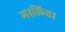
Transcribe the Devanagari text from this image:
गालिब।